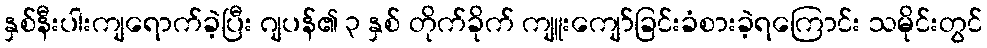
နှစ်နီးပါးကျရောက်ခဲ့ပြီး ဂျပန်၏ ၃ နှစ် တိုက်ခိုက် ကျူးကျော်ခြင်းခံစားခဲ့ရကြောင်း သမိုင်းတွင်